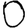
Digit: 0